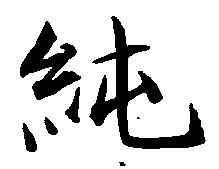
純